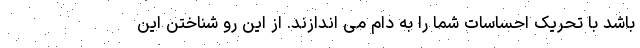
باشد با تحریک احساسات شما را به دام می اندازند. از این رو شناختن این